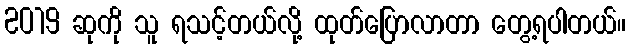
2019 ဆုကို သူ ရသင့်တယ်လို့ ထုတ်ပြောလာတာ တွေ့ရပါတယ်။